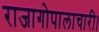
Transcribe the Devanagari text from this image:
राजागोपालाचारी।